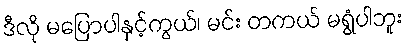
ဒီလို မပြောပါနှင့်ကွယ်၊ မင်း တကယ် မရွံပါဘူး